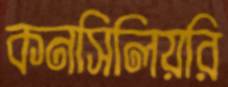
কনসিলিয়রি